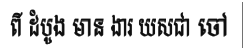
ពី ដំបូង មាន ងារ យសជា ចៅ